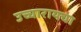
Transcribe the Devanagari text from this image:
उच्चारायचा